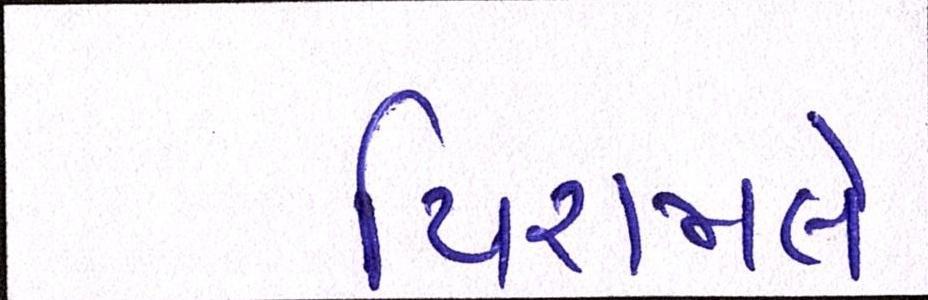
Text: પિરામલે